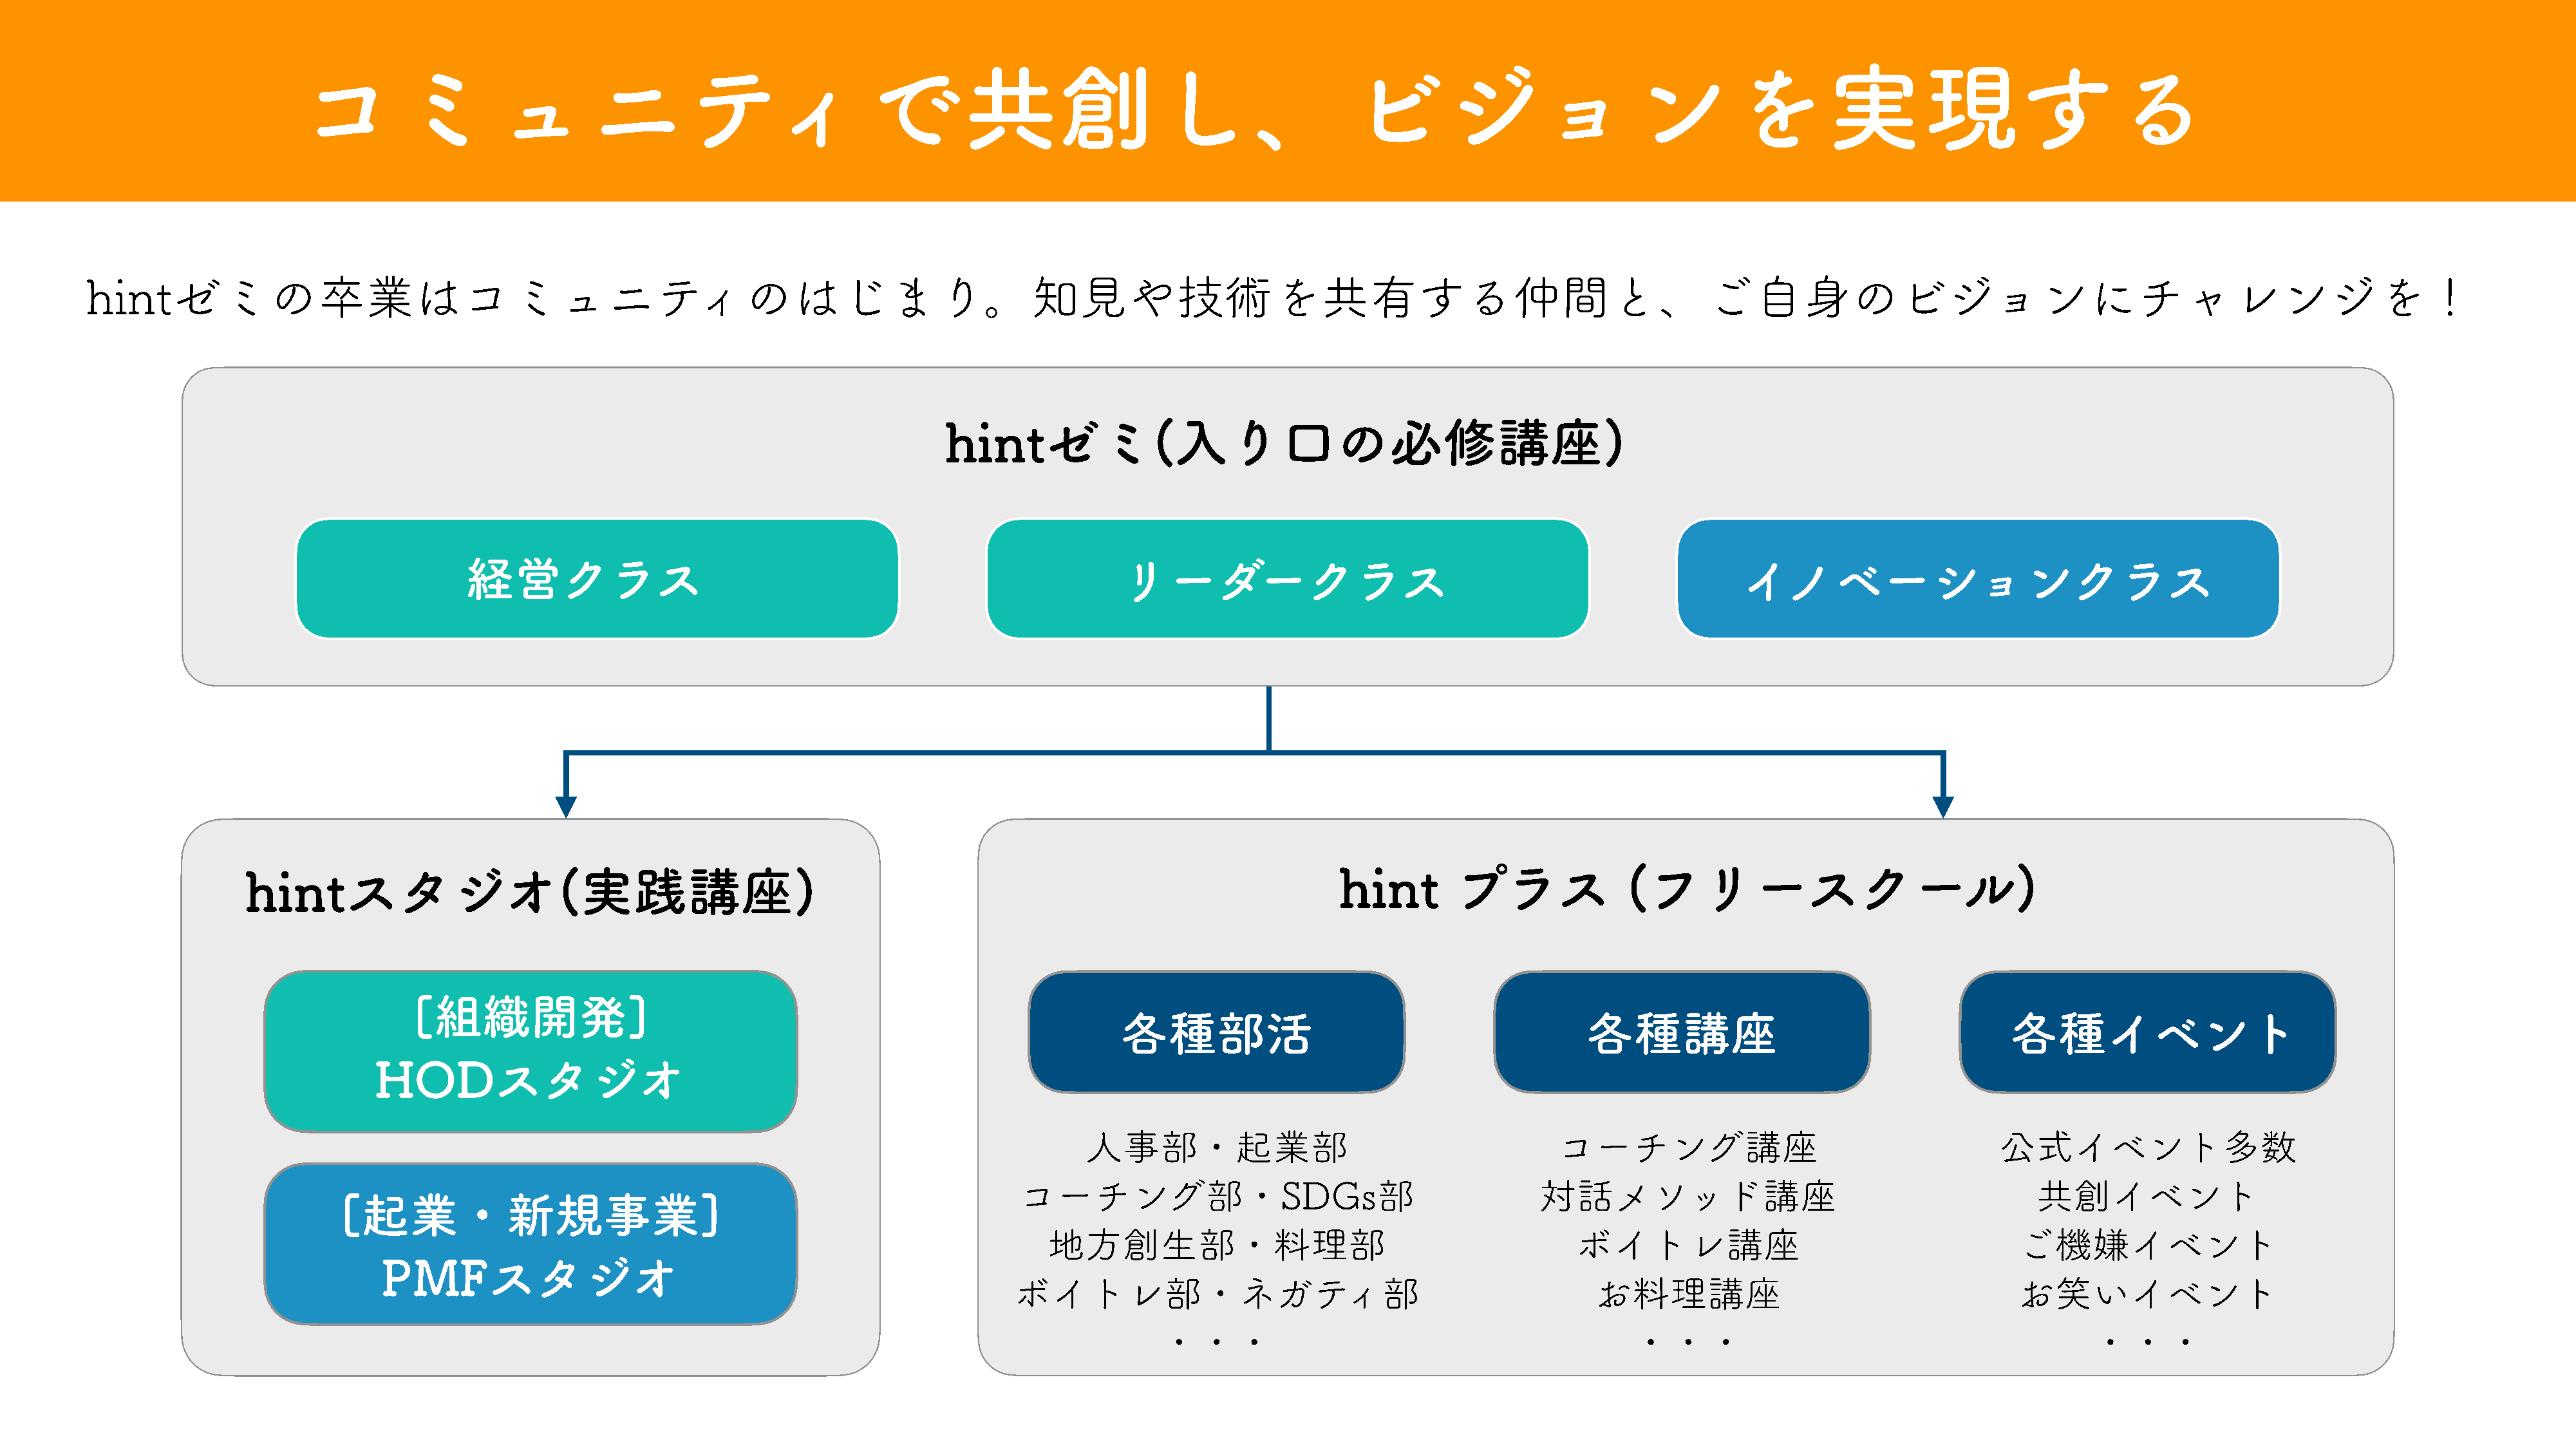
コミュニティで共創し、ビジョンを実現する
 hintゼミの卒業はコミュニティのはじまり。知見や技術を共有する仲間と、ご自身のビジョンにチャレンジを！
 hintゼミ(入り口の必修講座)
 経営クラス                                                              リーダークラス                                                         イノベーションクラス
 hintスタジオ(実践講座)                                                                                                   hint        プラス              (フリースクール)
 [組織開発]
 各種部活                                            各種講座                                        各種イベント
 HODスタジオ
 人事部・起業部                                         コーチング講座                                      公式イベント多数
 コーチング部・SDGs部                                         対話メソッド講座                                           共創イベント
 [起業・新規事業]
 地方創生部・料理部                                             ボイトレ講座                                       ご機嫌イベント
 PMFスタジオ
 ボイトレ部・ネガティ部                                                 お料理講座                                      お笑いイベント
 ・・・                                              ・・・                                            ・・・